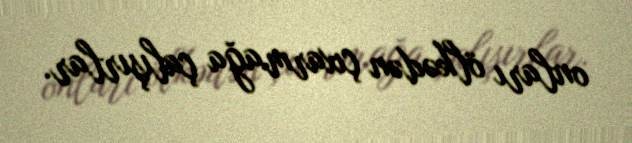
onları ölkədən çıxarmağa çalışırlar.